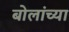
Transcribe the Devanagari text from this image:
बोलांच्या